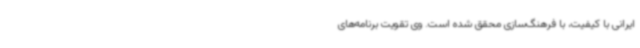
ایرانی با کیفیت، با فرهنگ‌سازی محقق شده است. وی تقویت برنامه‌های